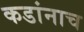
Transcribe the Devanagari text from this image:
कडांनाच